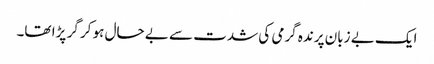
ایک بے زبان پرندہ گرمی کی شدت سے بے حال ہو کر گر پڑا تھا۔